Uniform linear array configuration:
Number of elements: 4
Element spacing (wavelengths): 0.25
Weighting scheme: exponential
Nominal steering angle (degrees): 15
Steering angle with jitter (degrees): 16.155
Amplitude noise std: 0.05
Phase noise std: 0.05

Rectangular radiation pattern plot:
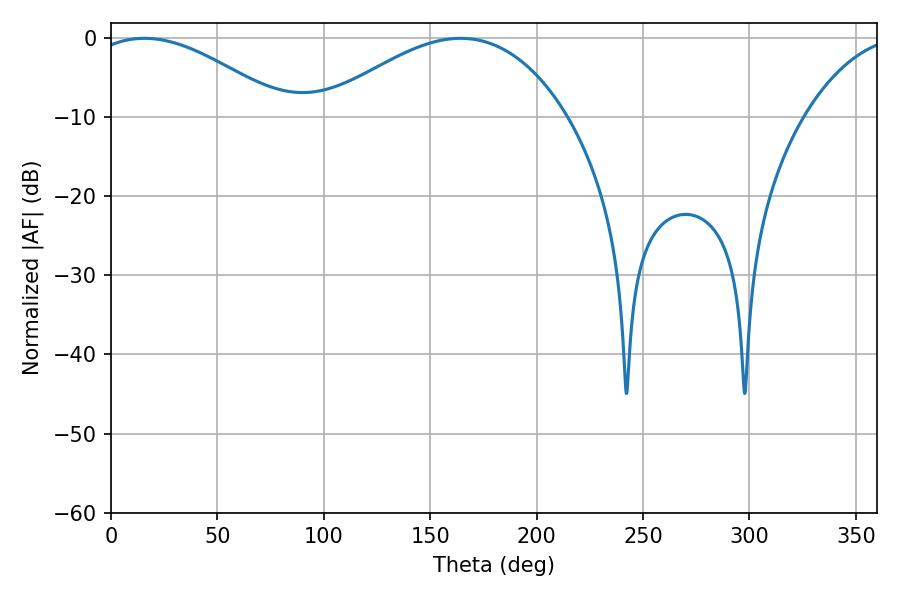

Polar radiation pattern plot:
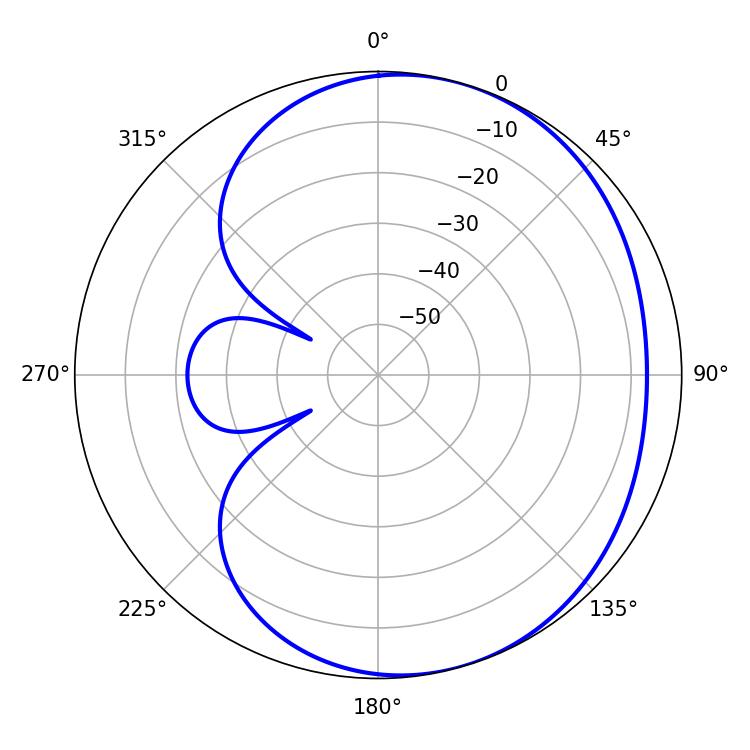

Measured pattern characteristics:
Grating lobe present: FALSE
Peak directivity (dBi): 3.901
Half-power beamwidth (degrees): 50.76
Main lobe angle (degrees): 15.66